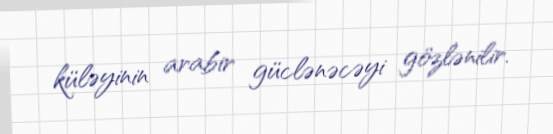
küləyinin arabir güclənəcəyi gözlənilir.